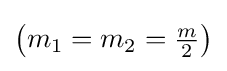
\left(m_{1}=m_{2}={\tfrac {m}{2}}\right)